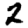
Digit: 2